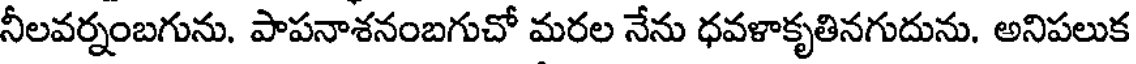
నీలవర్నంబగును. పాపనాశనంబగుచో మరల నేను ధవళాకృతినగుదును. అనిపలుక